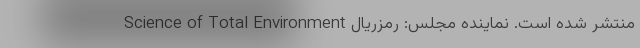
Science of Total Environment منتشر شده است. نماینده مجلس: رمزریال